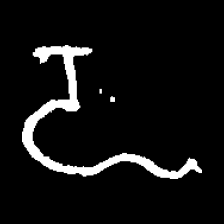
Pyu character \u2014 Myanmar letter: ဍ (romanized: dda)